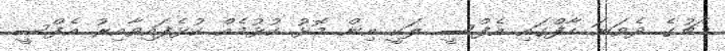
މެޗުގެ ދެވަނަ ހާފްގައި އެފްސީ ލަކީ އިން މޮޅު ކުޅުމެއް ކުޅެފައިވާއިރު އެފްސީ